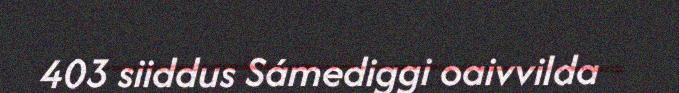
403 siiddus Sámediggi oaivvilda